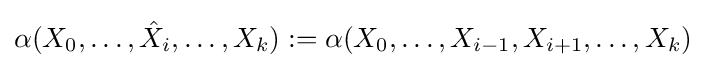
\alpha (X_{0},\ldots ,{\hat {X}}_{i},\ldots ,X_{k}):=\alpha (X_{0},\ldots ,X_{i-1},X_{i+1},\ldots ,X_{k})